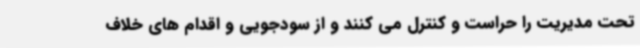
تحت مدیریت را حراست و کنترل می کنند و از سودجویی و اقدام های خلاف